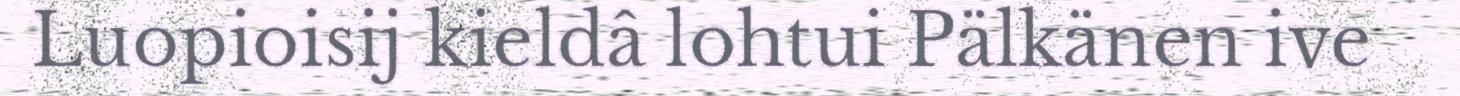
Luopioisij kieldâ lohtui Pälkänen ive